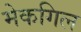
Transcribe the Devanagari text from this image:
मेकगिल